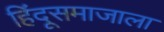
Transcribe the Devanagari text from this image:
हिंदूसमाजाला